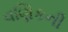
વણિકની